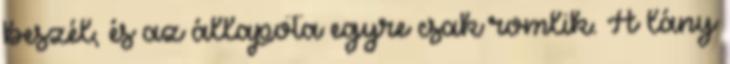
beszél, és az állapota egyre csak romlik. A lány